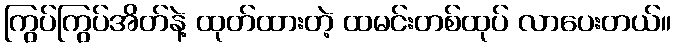
ကြွပ်ကြွပ်အိတ်နဲ့ ထုတ်ထားတဲ့ ထမင်းတစ်ထုပ် လာပေးတယ်။